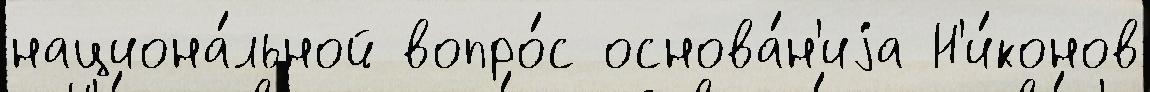
национа́льной вопро́с основа́н'иjа Н'и́конов